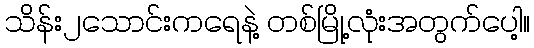
သိန်း၂သောင်းကရေနဲ့ တစ်မြို့လုံးအတွက်ပေါ့။